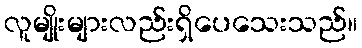
လူမျိုးများလည်းရှိပေသေးသည်။